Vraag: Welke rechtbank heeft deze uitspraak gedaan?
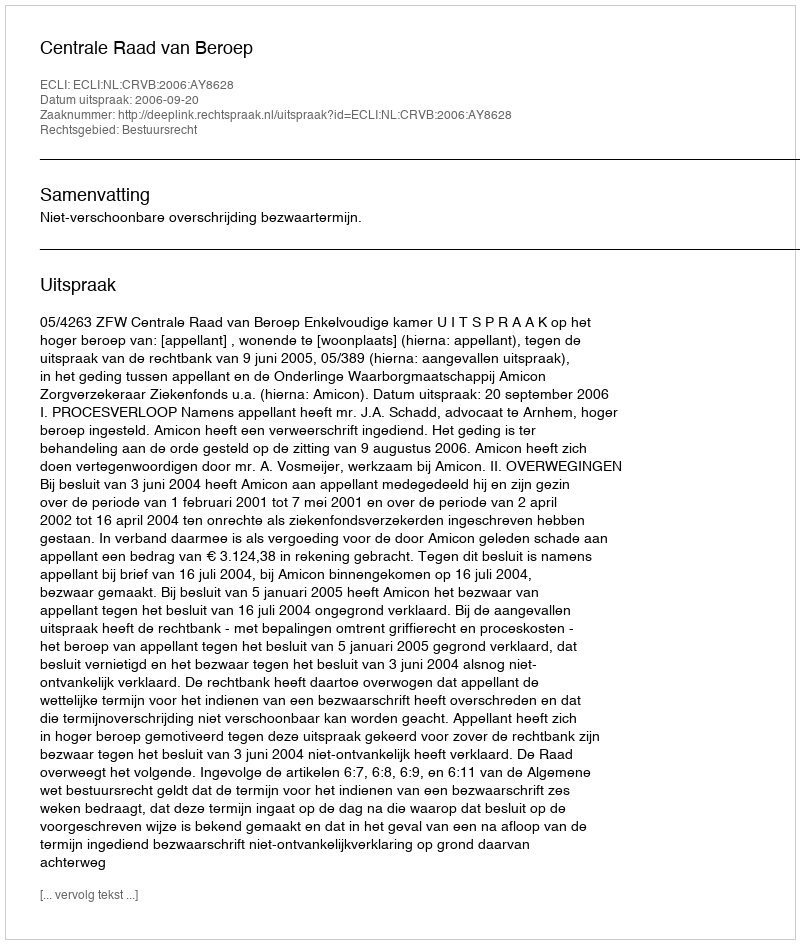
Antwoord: Centrale Raad van Beroep